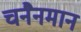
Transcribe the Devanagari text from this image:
चनैनमान